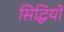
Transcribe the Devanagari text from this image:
सिद्धियो